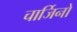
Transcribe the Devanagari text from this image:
चार्जिनो